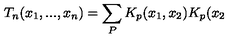
T _ { n } ( x _ { 1 } , . . . , x _ { n } ) = \sum _ { P } K _ { p } ( x _ { 1 } , x _ { 2 } ) K _ { p } ( x _ { 2 }